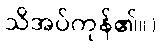
သိအပ်ကုန်၏။)